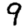
Digit: 9